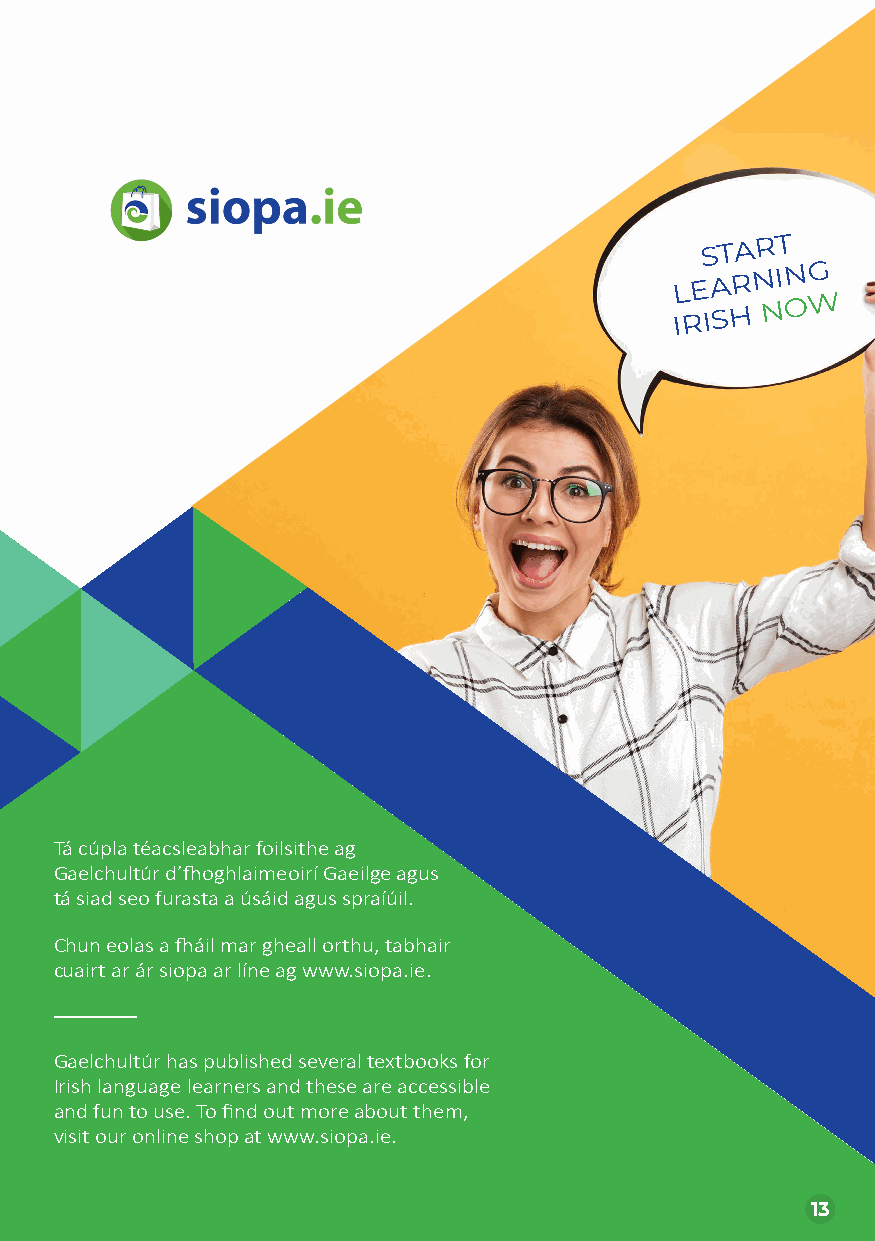
RANGANNA BEO AR LÍNE GHAELCHULTÚIR: LEIBHÉIL
 START
 LEARNING
 IRISH
 NOW
 Tá cúpla téacsleabhar foilsithe ag
 Gaelchultúr d’fhoghlaimeoirí Gaeilge agus
 tá siad seo furasta a úsáid agus spraíúil.
 Chun eolas a fháil mar gheall orthu, tabhair
 cuairt ar ár siopa ar líne ag www.siopa.ie.
 Gaelchultúr has published several textbooks for
 Irish language learners and these are accessible
 and fun to use. To find out more about them,
 visit our online shop at www.siopa.ie.
 13